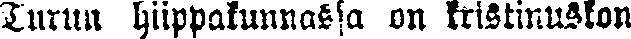
Turun hiippakunnassa on kristinuskon